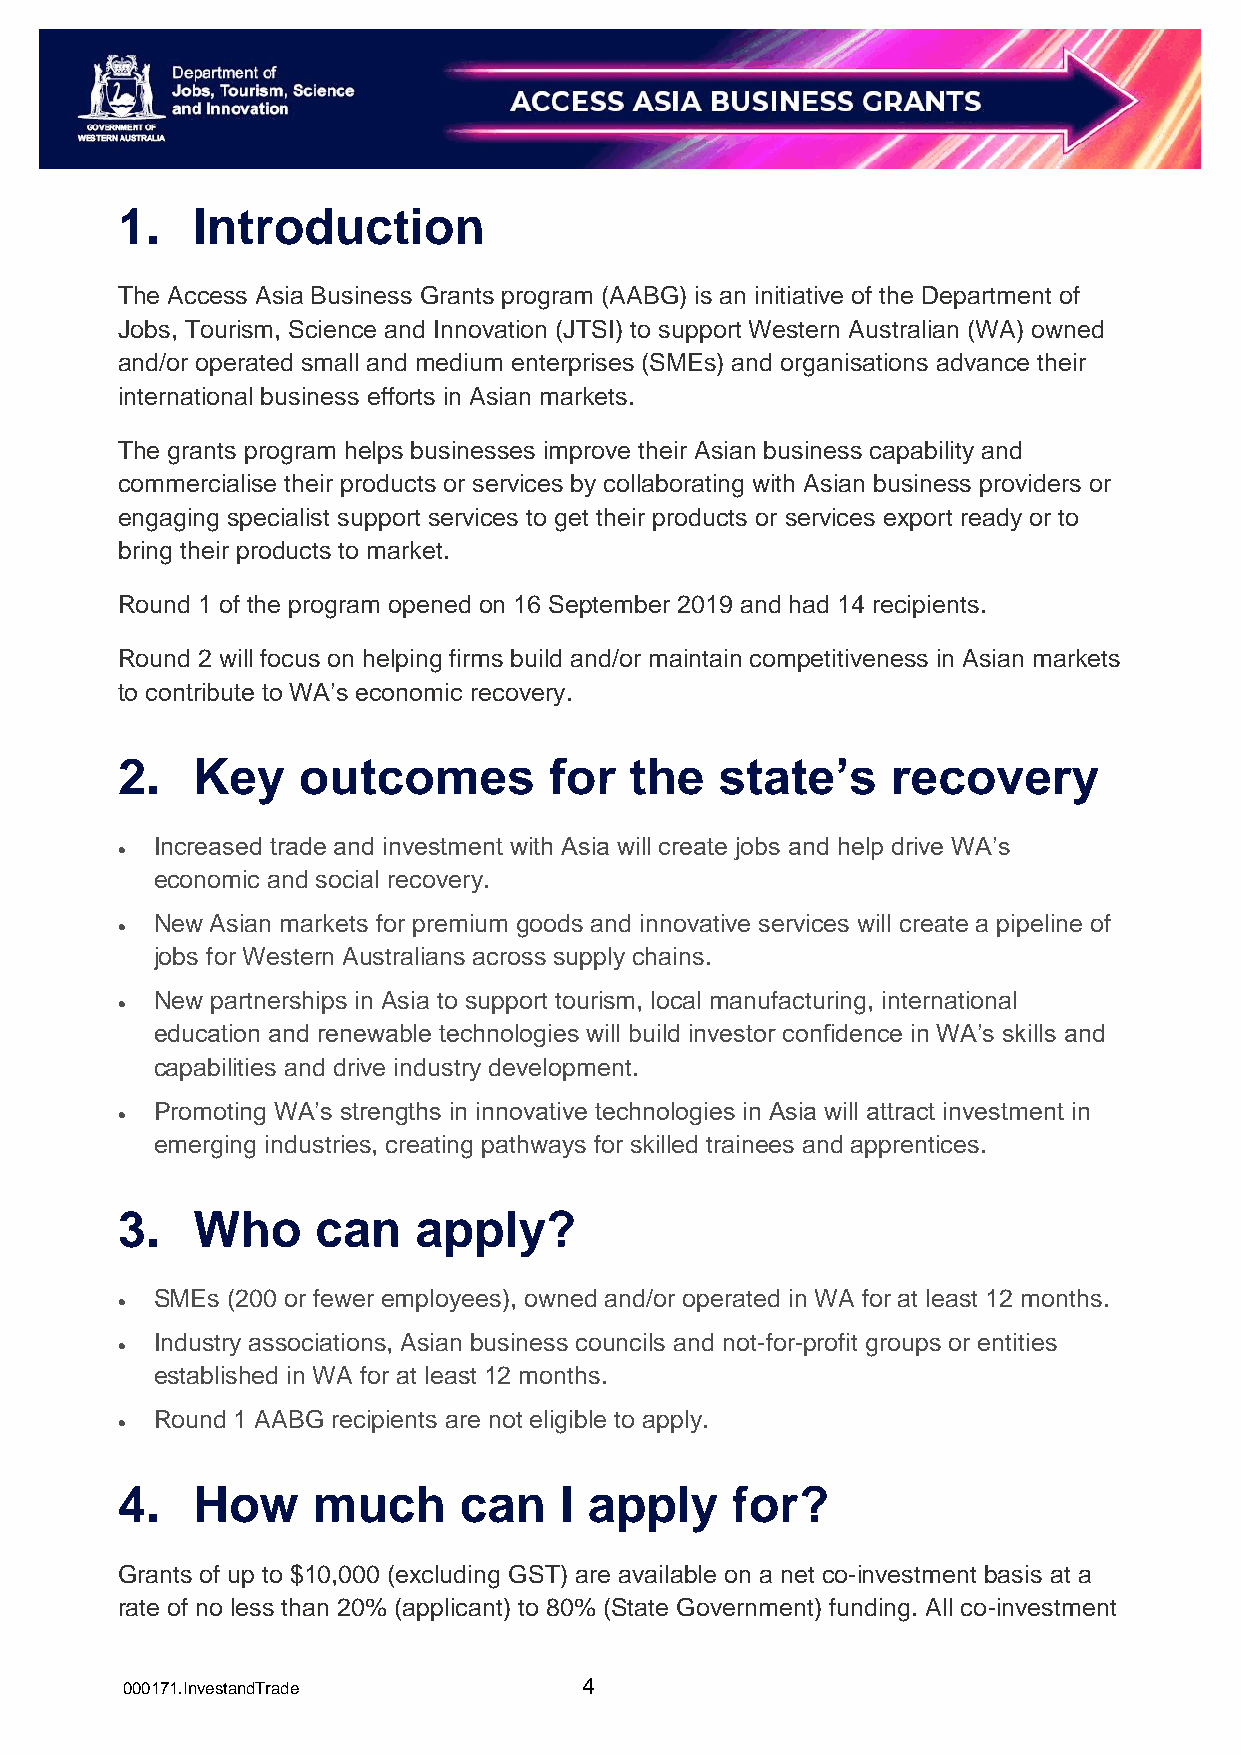
1.   Introduction
 The Access Asia Business Grants program (AABG) is an initiative of the Department of
 Jobs, Tourism, Science and Innovation (JTSI) to support Western Australian (WA) owned
 and/or operated small and medium enterprises (SMEs) and organisations advance their
 international business efforts in Asian markets.
 The grants program helps businesses improve their Asian business capability and
 commercialise their products or services by collaborating with Asian business providers or
 engaging specialist support services to get their products or services export ready or to
 bring their products to market.
 Round 1 of the program opened on 16 September 2019 and had 14 recipients.
 Round 2 will focus on helping firms build and/or maintain competitiveness in Asian markets
 to contribute to WA’s economic recovery.
 2.   Key    outcomes        for   the   state’s    recovery
 Increased trade and investment with Asia will create jobs and help drive WA’s
 
 economic and social recovery.
 New Asian markets for premium goods and innovative services will create a pipeline of
 
 jobs for Western Australians across supply chains.
 New partnerships in Asia to support tourism, local manufacturing, international
 
 education and renewable technologies will build investor confidence in WA’s skills and
 capabilities and drive industry development.
 Promoting WA’s strengths in innovative technologies in Asia will attract investment in
 
 emerging industries, creating pathways for skilled trainees and apprentices.
 3.   Who     can   apply?
 SMEs (200 or fewer employees), owned and/or operated in WA for at least 12 months.
 
 Industry associations, Asian business councils and not-for-profit groups or entities
 
 established in WA for at least 12 months.
 Round 1 AABG recipients are not eligible to apply.
 
 4.   How     much     can    I apply    for?
 Grants of up to $10,000 (excluding GST) are available on a net co-investment basis at a
 rate of no less than 20% (applicant) to 80% (State Government) funding. All co-investment
 000171.InvestandTrade          4